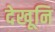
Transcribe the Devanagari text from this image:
देखूनि